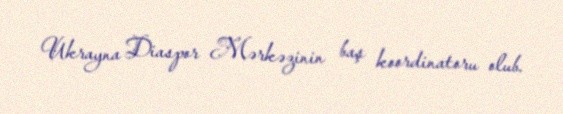
Ukrayna Diaspor Mərkəzinin baş koordinatoru olub.